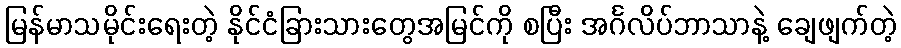
မြန်မာသမိုင်းရေးတဲ့ နိုင်ငံခြားသားတွေအမြင်ကို စပြီး အင်္ဂလိပ်ဘာသာနဲ့ ချေဖျက်တဲ့